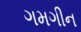
ગમગીન